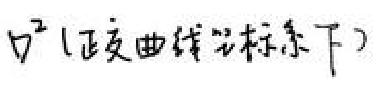
$\nabla^{2}$(正交曲线坐标系下)